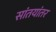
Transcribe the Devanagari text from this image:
सांतयांतर